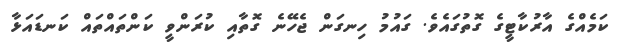
ކަމެއްގެ އާރުކާޓީގެ ގޮތުގައެވެ. ގައުމު ހިނގަން ޖެހޭނެ ގޮތާއި ކުރަންވީ ކަންތައްތައް ކަނޑައަޅާ